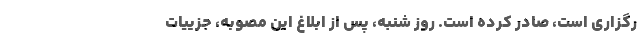
رگزاری است، صادر کرده است. روز شنبه، پس از ابلاغ این مصوبه، جزییات